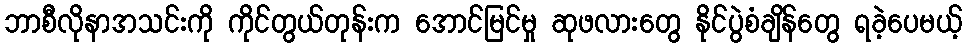
ဘာစီလိုနာအသင်းကို ကိုင်တွယ်တုန်းက အောင်မြင်မှု ဆုဖလားတွေ နိုင်ပွဲစံချိန်တွေ ရခဲ့ပေမယ့်